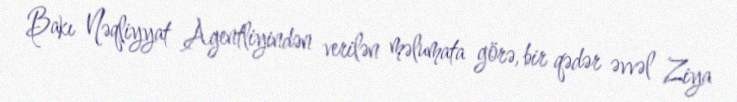
Bakı Nəqliyyat Agentliyindən verilən məlumata görə, bir qədər əvvəl Ziya